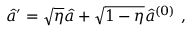
\begin{array} { r } { \hat { a } ^ { \prime } = \sqrt { \eta } \hat { a } + \sqrt { 1 - \eta } \hat { a } ^ { ( 0 ) } \ , } \end{array}